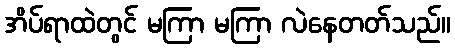
အိပ်ရာထဲတွင် မကြာ မကြာ လဲနေတတ်သည်။